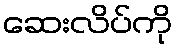
ဆေးလိပ်ကို